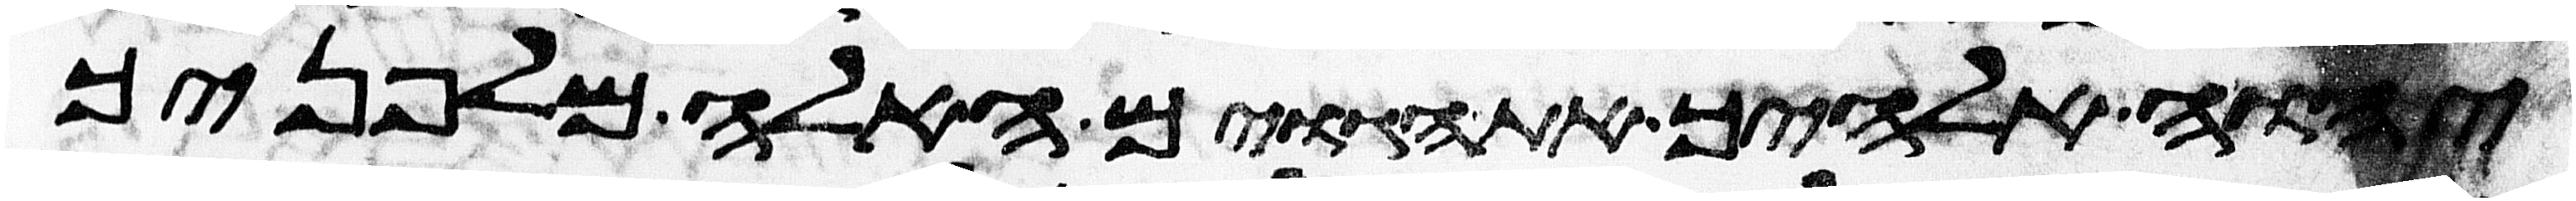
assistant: יהוה אלהיך את הגוים האלה מלפניך